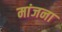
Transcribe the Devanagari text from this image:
मांजना